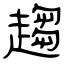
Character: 趨